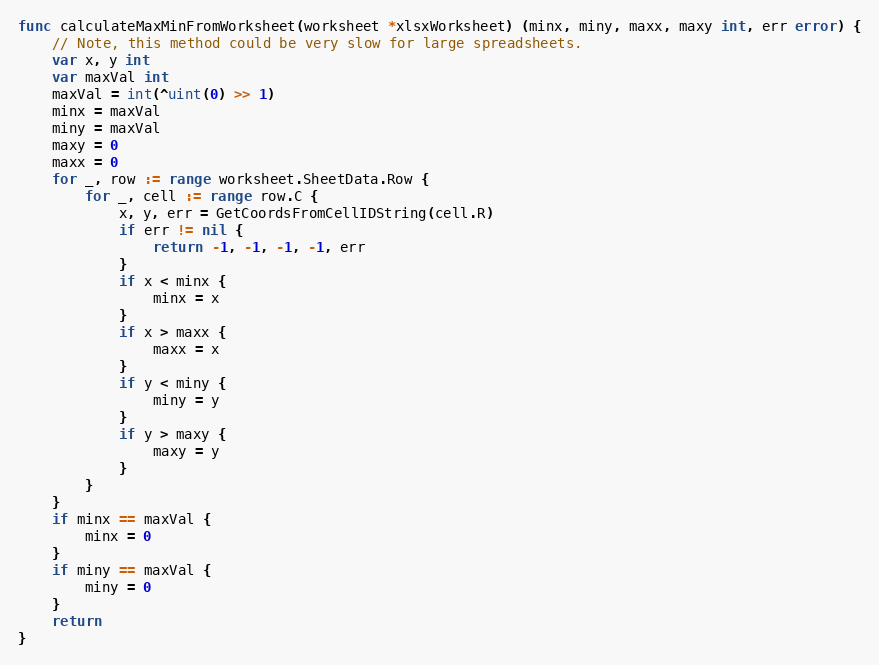
Language: Go
func calculateMaxMinFromWorksheet(worksheet *xlsxWorksheet) (minx, miny, maxx, maxy int, err error) {
	// Note, this method could be very slow for large spreadsheets.
	var x, y int
	var maxVal int
	maxVal = int(^uint(0) >> 1)
	minx = maxVal
	miny = maxVal
	maxy = 0
	maxx = 0
	for _, row := range worksheet.SheetData.Row {
		for _, cell := range row.C {
			x, y, err = GetCoordsFromCellIDString(cell.R)
			if err != nil {
				return -1, -1, -1, -1, err
			}
			if x < minx {
				minx = x
			}
			if x > maxx {
				maxx = x
			}
			if y < miny {
				miny = y
			}
			if y > maxy {
				maxy = y
			}
		}
	}
	if minx == maxVal {
		minx = 0
	}
	if miny == maxVal {
		miny = 0
	}
	return
}